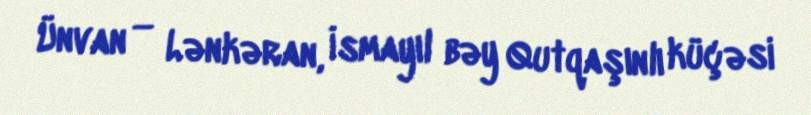
Ünvan — Lənkəran, İsmayıl bəy Qutqaşınlı küçəsi